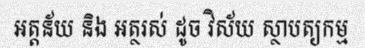
អត្តន័យ និង អត្ថរស់ ដូច វិស័យ ស្ថាបត្យកម្ម